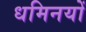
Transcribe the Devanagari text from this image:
धमिनयों